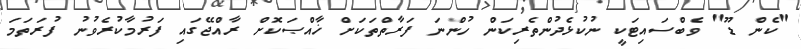
"ކެން ޑޫ" ވެބްސައިޓަކީ ނުކުޅެދުންތެރިކަން ހުންނަ ފަރާތްތަކަށް ޚާއްޞަކޮށް ރާއްޖޭގައި ފަރުމާކުރެވުނު ފުރަތަމަ